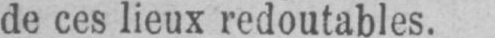
de ces lieux redoutables.